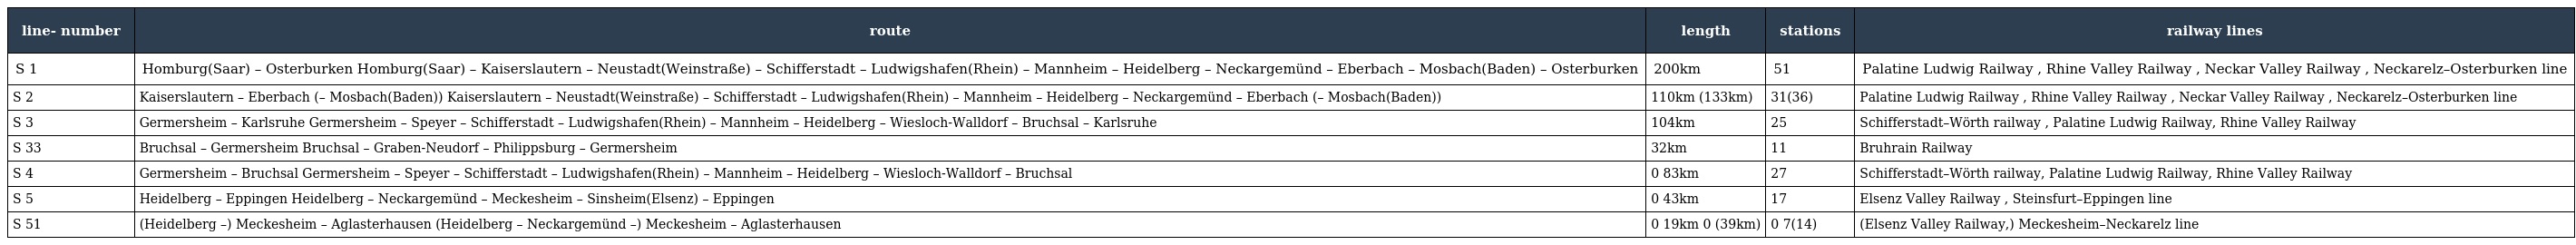
| line- number | route | length | stations | railway lines |
 | --- | --- | --- | --- | --- |
 | S 1 | Homburg(Saar) – Osterburken Homburg(Saar) – Kaiserslautern – Neustadt(Weinstraße) – Schifferstadt – Ludwigshafen(Rhein) – Mannheim – Heidelberg – Neckargemünd – Eberbach – Mosbach(Baden) – Osterburken | 200km | 51 | Palatine Ludwig Railway , Rhine Valley Railway , Neckar Valley Railway , Neckarelz–Osterburken line |
 | S 2 | Kaiserslautern – Eberbach (– Mosbach(Baden)) Kaiserslautern – Neustadt(Weinstraße) – Schifferstadt – Ludwigshafen(Rhein) – Mannheim – Heidelberg – Neckargemünd – Eberbach (– Mosbach(Baden)) | 110km (133km) | 31(36) | Palatine Ludwig Railway , Rhine Valley Railway , Neckar Valley Railway , Neckarelz–Osterburken line |
 | S 3 | Germersheim – Karlsruhe Germersheim – Speyer – Schifferstadt – Ludwigshafen(Rhein) – Mannheim – Heidelberg – Wiesloch-Walldorf – Bruchsal – Karlsruhe | 104km | 25 | Schifferstadt–Wörth railway , Palatine Ludwig Railway, Rhine Valley Railway |
 | S 33 | Bruchsal – Germersheim Bruchsal – Graben-Neudorf – Philippsburg – Germersheim | 32km | 11 | Bruhrain Railway |
 | S 4 | Germersheim – Bruchsal Germersheim – Speyer – Schifferstadt – Ludwigshafen(Rhein) – Mannheim – Heidelberg – Wiesloch-Walldorf – Bruchsal | 0 83km | 27 | Schifferstadt–Wörth railway, Palatine Ludwig Railway, Rhine Valley Railway |
 | S 5 | Heidelberg – Eppingen Heidelberg – Neckargemünd – Meckesheim – Sinsheim(Elsenz) – Eppingen | 0 43km | 17 | Elsenz Valley Railway , Steinsfurt–Eppingen line |
 | S 51 | (Heidelberg –) Meckesheim – Aglasterhausen (Heidelberg – Neckargemünd –) Meckesheim – Aglasterhausen | 0 19km 0 (39km) | 0 7(14) | (Elsenz Valley Railway,) Meckesheim–Neckarelz line |